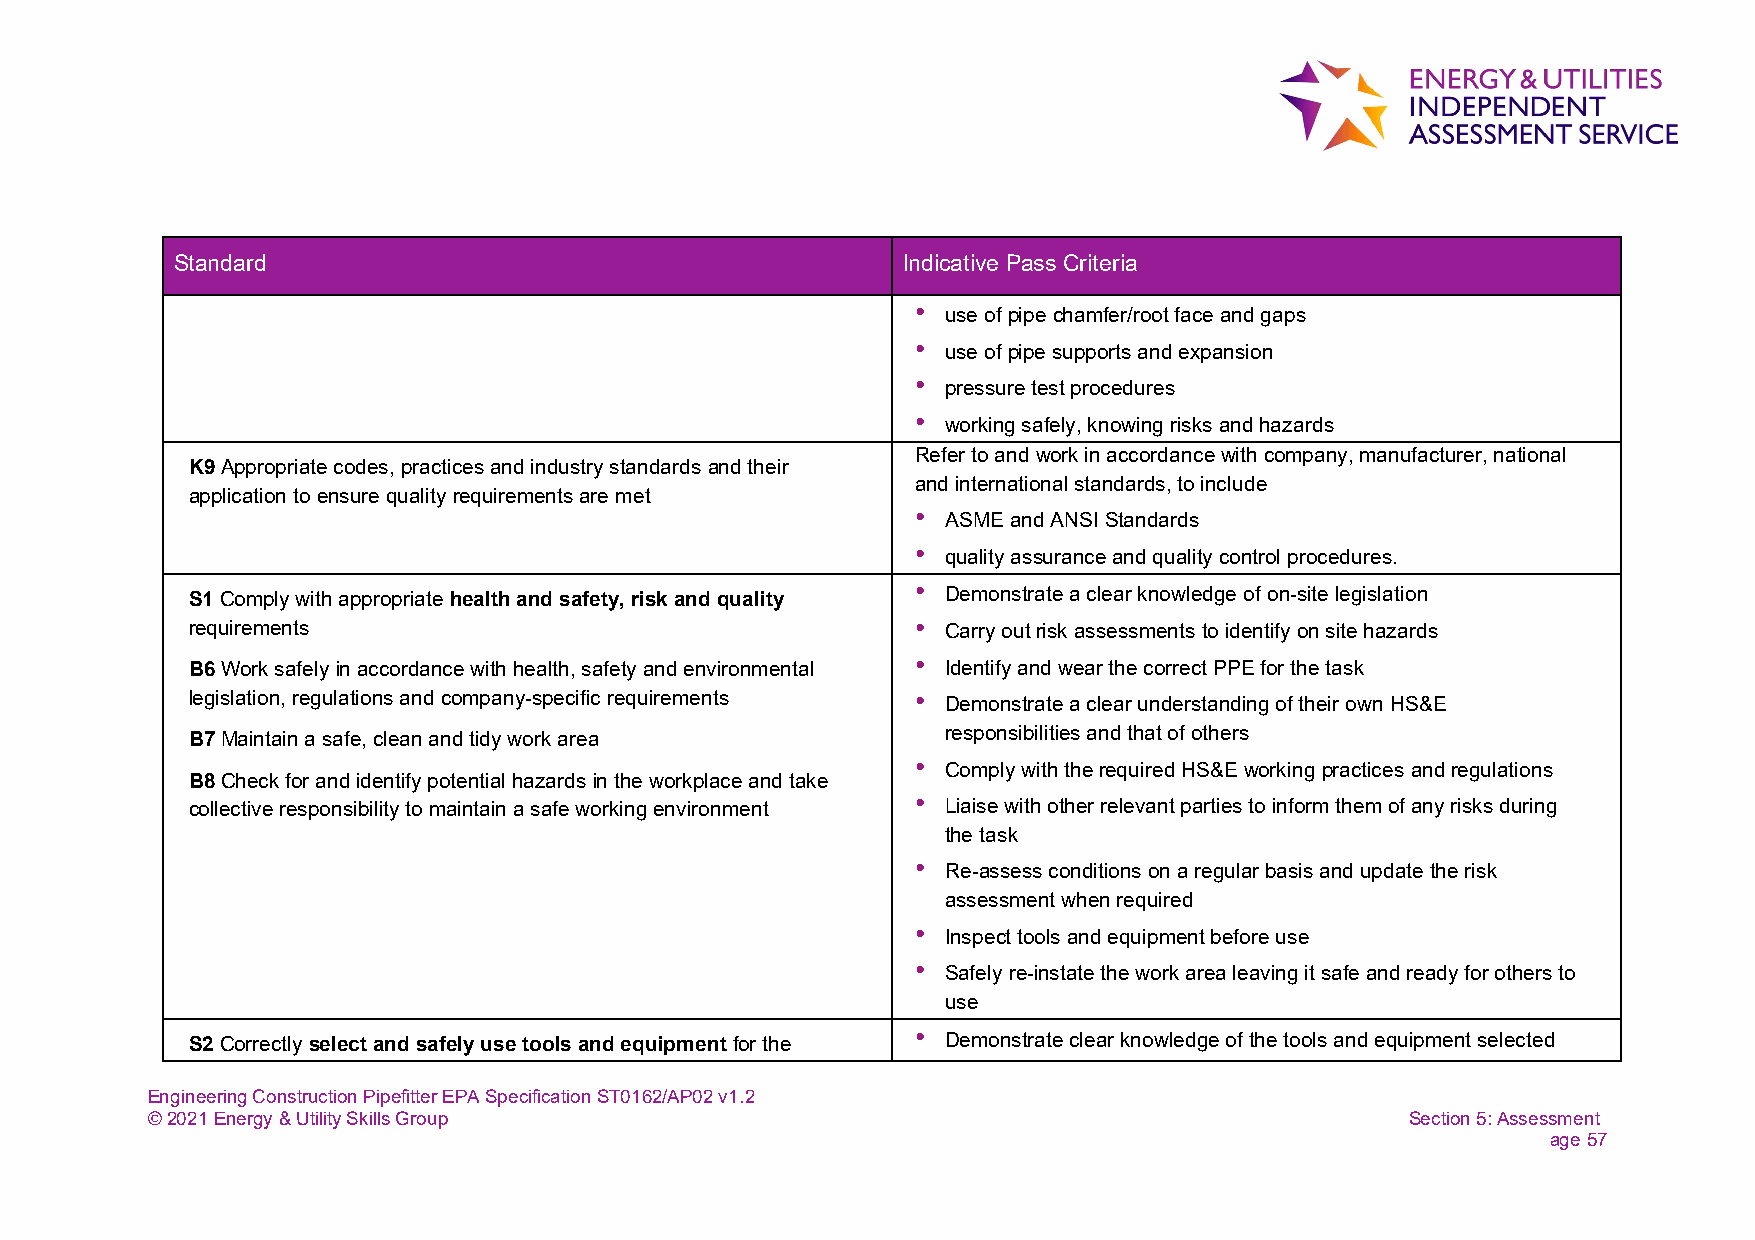
Standard                                        Indicative Pass Criteria
 • use of pipe chamfer/root face and gaps
 • use of pipe supports and expansion
 • pressure test procedures
 • working safely, knowing risks and hazards
 Refer to and work in accordance with company, manufacturer, national
 K9 Appropriate codes, practices and industry standards and their
 and international standards, to include
 application to ensure quality requirements are met
 • ASME and ANSI Standards
 • quality assurance and quality control procedures.
 S1 Comply with appropriate health and safety, risk and quality • Demonstrate a clear knowledge of on-site legislation
 requirements                                     • Carry out risk assessments to identify on site hazards
 B6 Work safely in accordance with health, safety and environmental • Identify and wear the correct PPE for the task
 legislation, regulations and company-specific requirements • Demonstrate a clear understanding of their own HS&E
 responsibilities and that of others
 B7 Maintain a safe, clean and tidy work area
 • Comply with the required HS&E working practices and regulations
 B8 Check for and identify potential hazards in the workplace and take
 collective responsibility to maintain a safe working environment • Liaise with other relevant parties to inform them of any risks during
 the task
 • Re-assess conditions on a regular basis and update the risk
 assessment when required
 • Inspect tools and equipment before use
 • Safely re-instate the work area leaving it safe and ready for others to
 use
 S2 Correctly select and safely use tools and equipment for the • Demonstrate clear knowledge of the tools and equipment selected
 Engineering Construction Pipefitter EPA Specification ST0162/AP02 v1.2
 © 2021 Energy & Utility Skills Group                                               Section 5: Assessment
 age 57